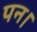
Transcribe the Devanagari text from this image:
पन।